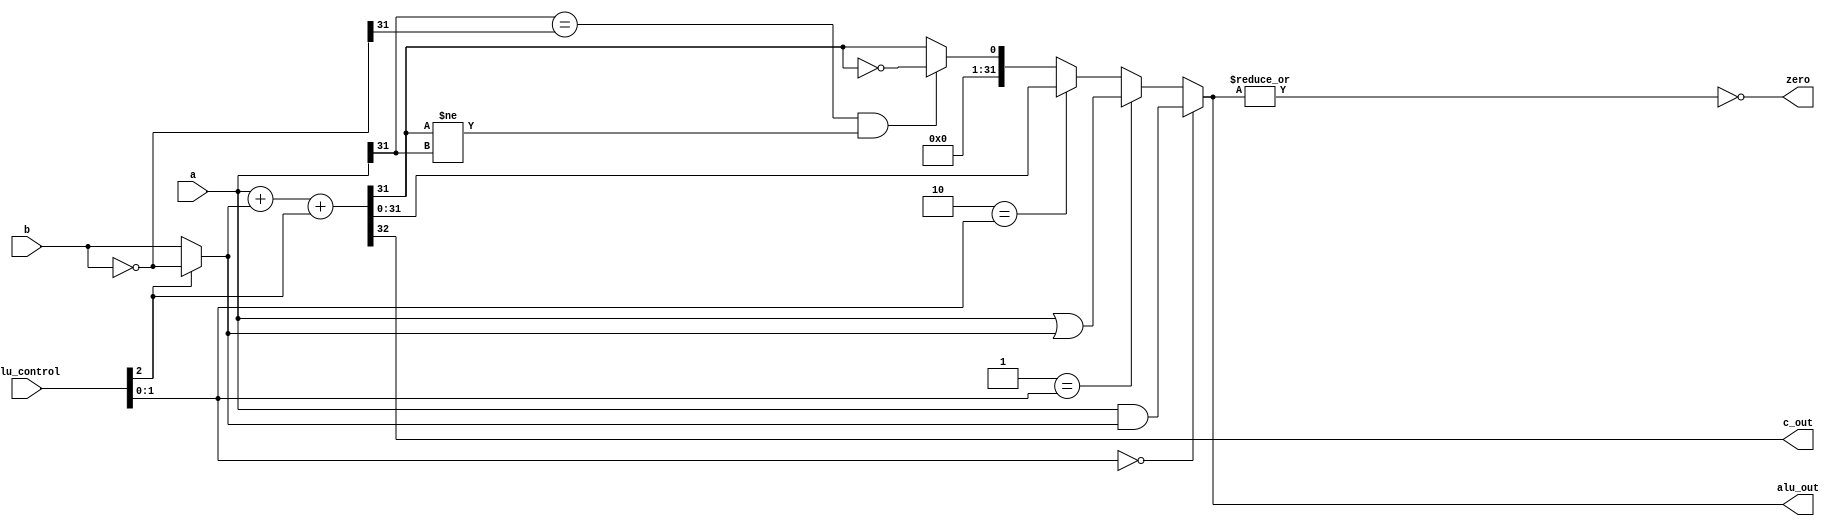
module alu (
    input  [31:0] a, b,
    input  [2:0] alu_control,
    output zero, c_out,
    output [31:0] alu_out
);
    wire [31:0] b_bar, b_bar_mux, f0, f1, f2, f3;
    assign b_bar = ~ b;
    assign b_bar_mux = (1'b0 == alu_control[2]) ? b : b_bar;
    assign f0 = a & b_bar_mux;
    assign f1 = a | b_bar_mux;
    assign {c_out, f2} = a + b_bar_mux + alu_control[2];
    assign f3 = {{31{1'b0}}, ((a[31] == b_bar[31]) && (f2[31] != a[31])) ? ~(f2[31]) : f2[31]};
    assign zero = ~| alu_out;
    assign alu_out = 2'b00 == alu_control[1:0] ? f0 : (2'b01 == alu_control[1:0] ? f1 : (2'b10 == alu_control[1:0] ? f2 : f3 ));
endmodule